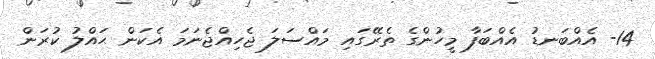
14- އެއްބަނޑު އެއްބަފާ މީހުންގެ ތެރޭގައި މައްސަލަ ޖެހިއްޖެނަމަ އެކަން ޙައްލު ކުރަން